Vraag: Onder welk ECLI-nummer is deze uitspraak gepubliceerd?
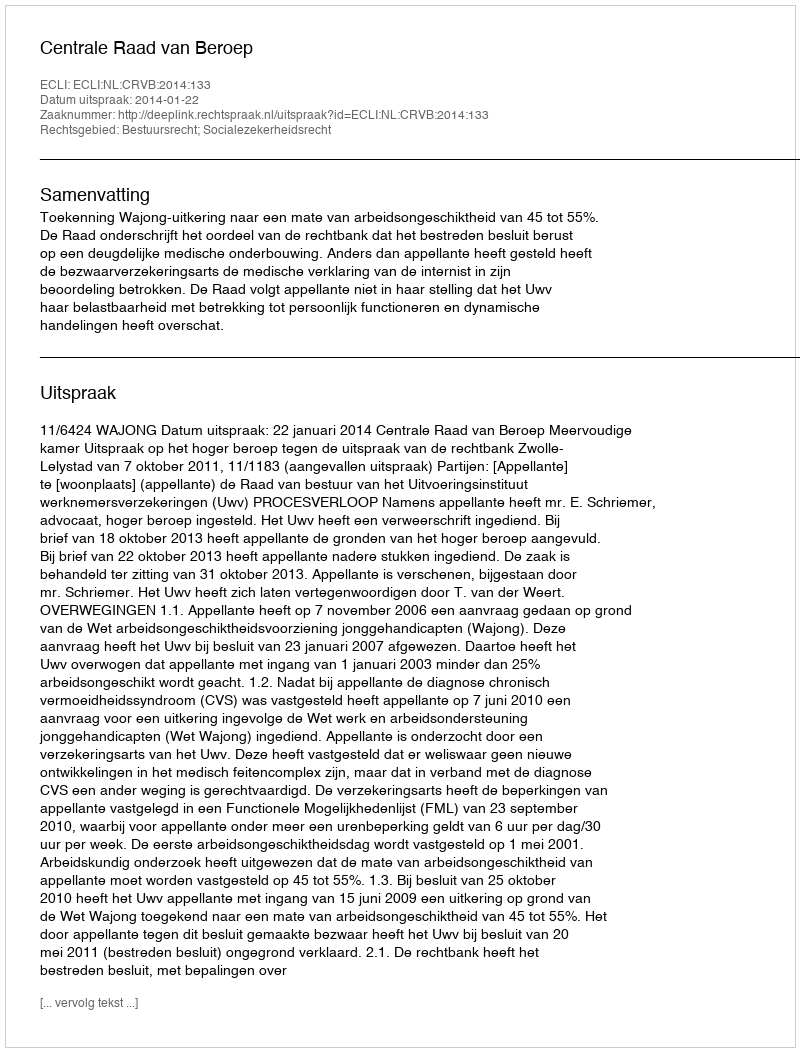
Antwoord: ECLI:NL:CRVB:2014:133